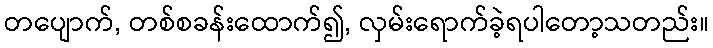
တပျောက်, တစ်စခန်းထောက်၍, လှမ်းရောက်ခဲ့ရပါတော့သတည်း။